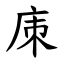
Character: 㢀